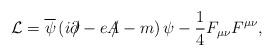
LaTeX: \begin{align*}{\cal L}=\overline{\psi}\left(i\partial\!\!\!\slash - eA\!\!\!\slash -m\right)\psi -\frac{1}{4}F_{\mu\nu}F^{\mu\nu} , \end{align*}